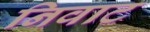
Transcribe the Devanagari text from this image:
निवाट